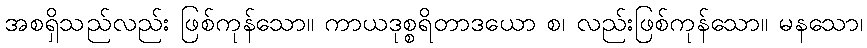
အစရှိသည်လည်း ဖြစ်ကုန်သော။ ကာယဒုစ္စရိတာဒယော စ၊ လည်းဖြစ်ကုန်သော။ မနသော၊